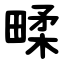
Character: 㽥